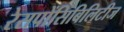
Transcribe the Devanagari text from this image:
रेसपोंसिबिलिटीज